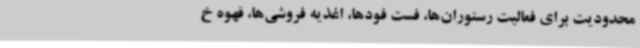
محدودیت برای فعالیت رستوران‌ها، فست فودها، اغذیه فروشی‌ها، قهوه خ